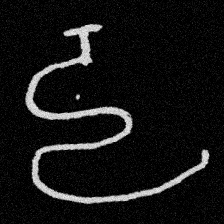
Pyu character \u2014 Myanmar letter: ဠ (romanized: lla)